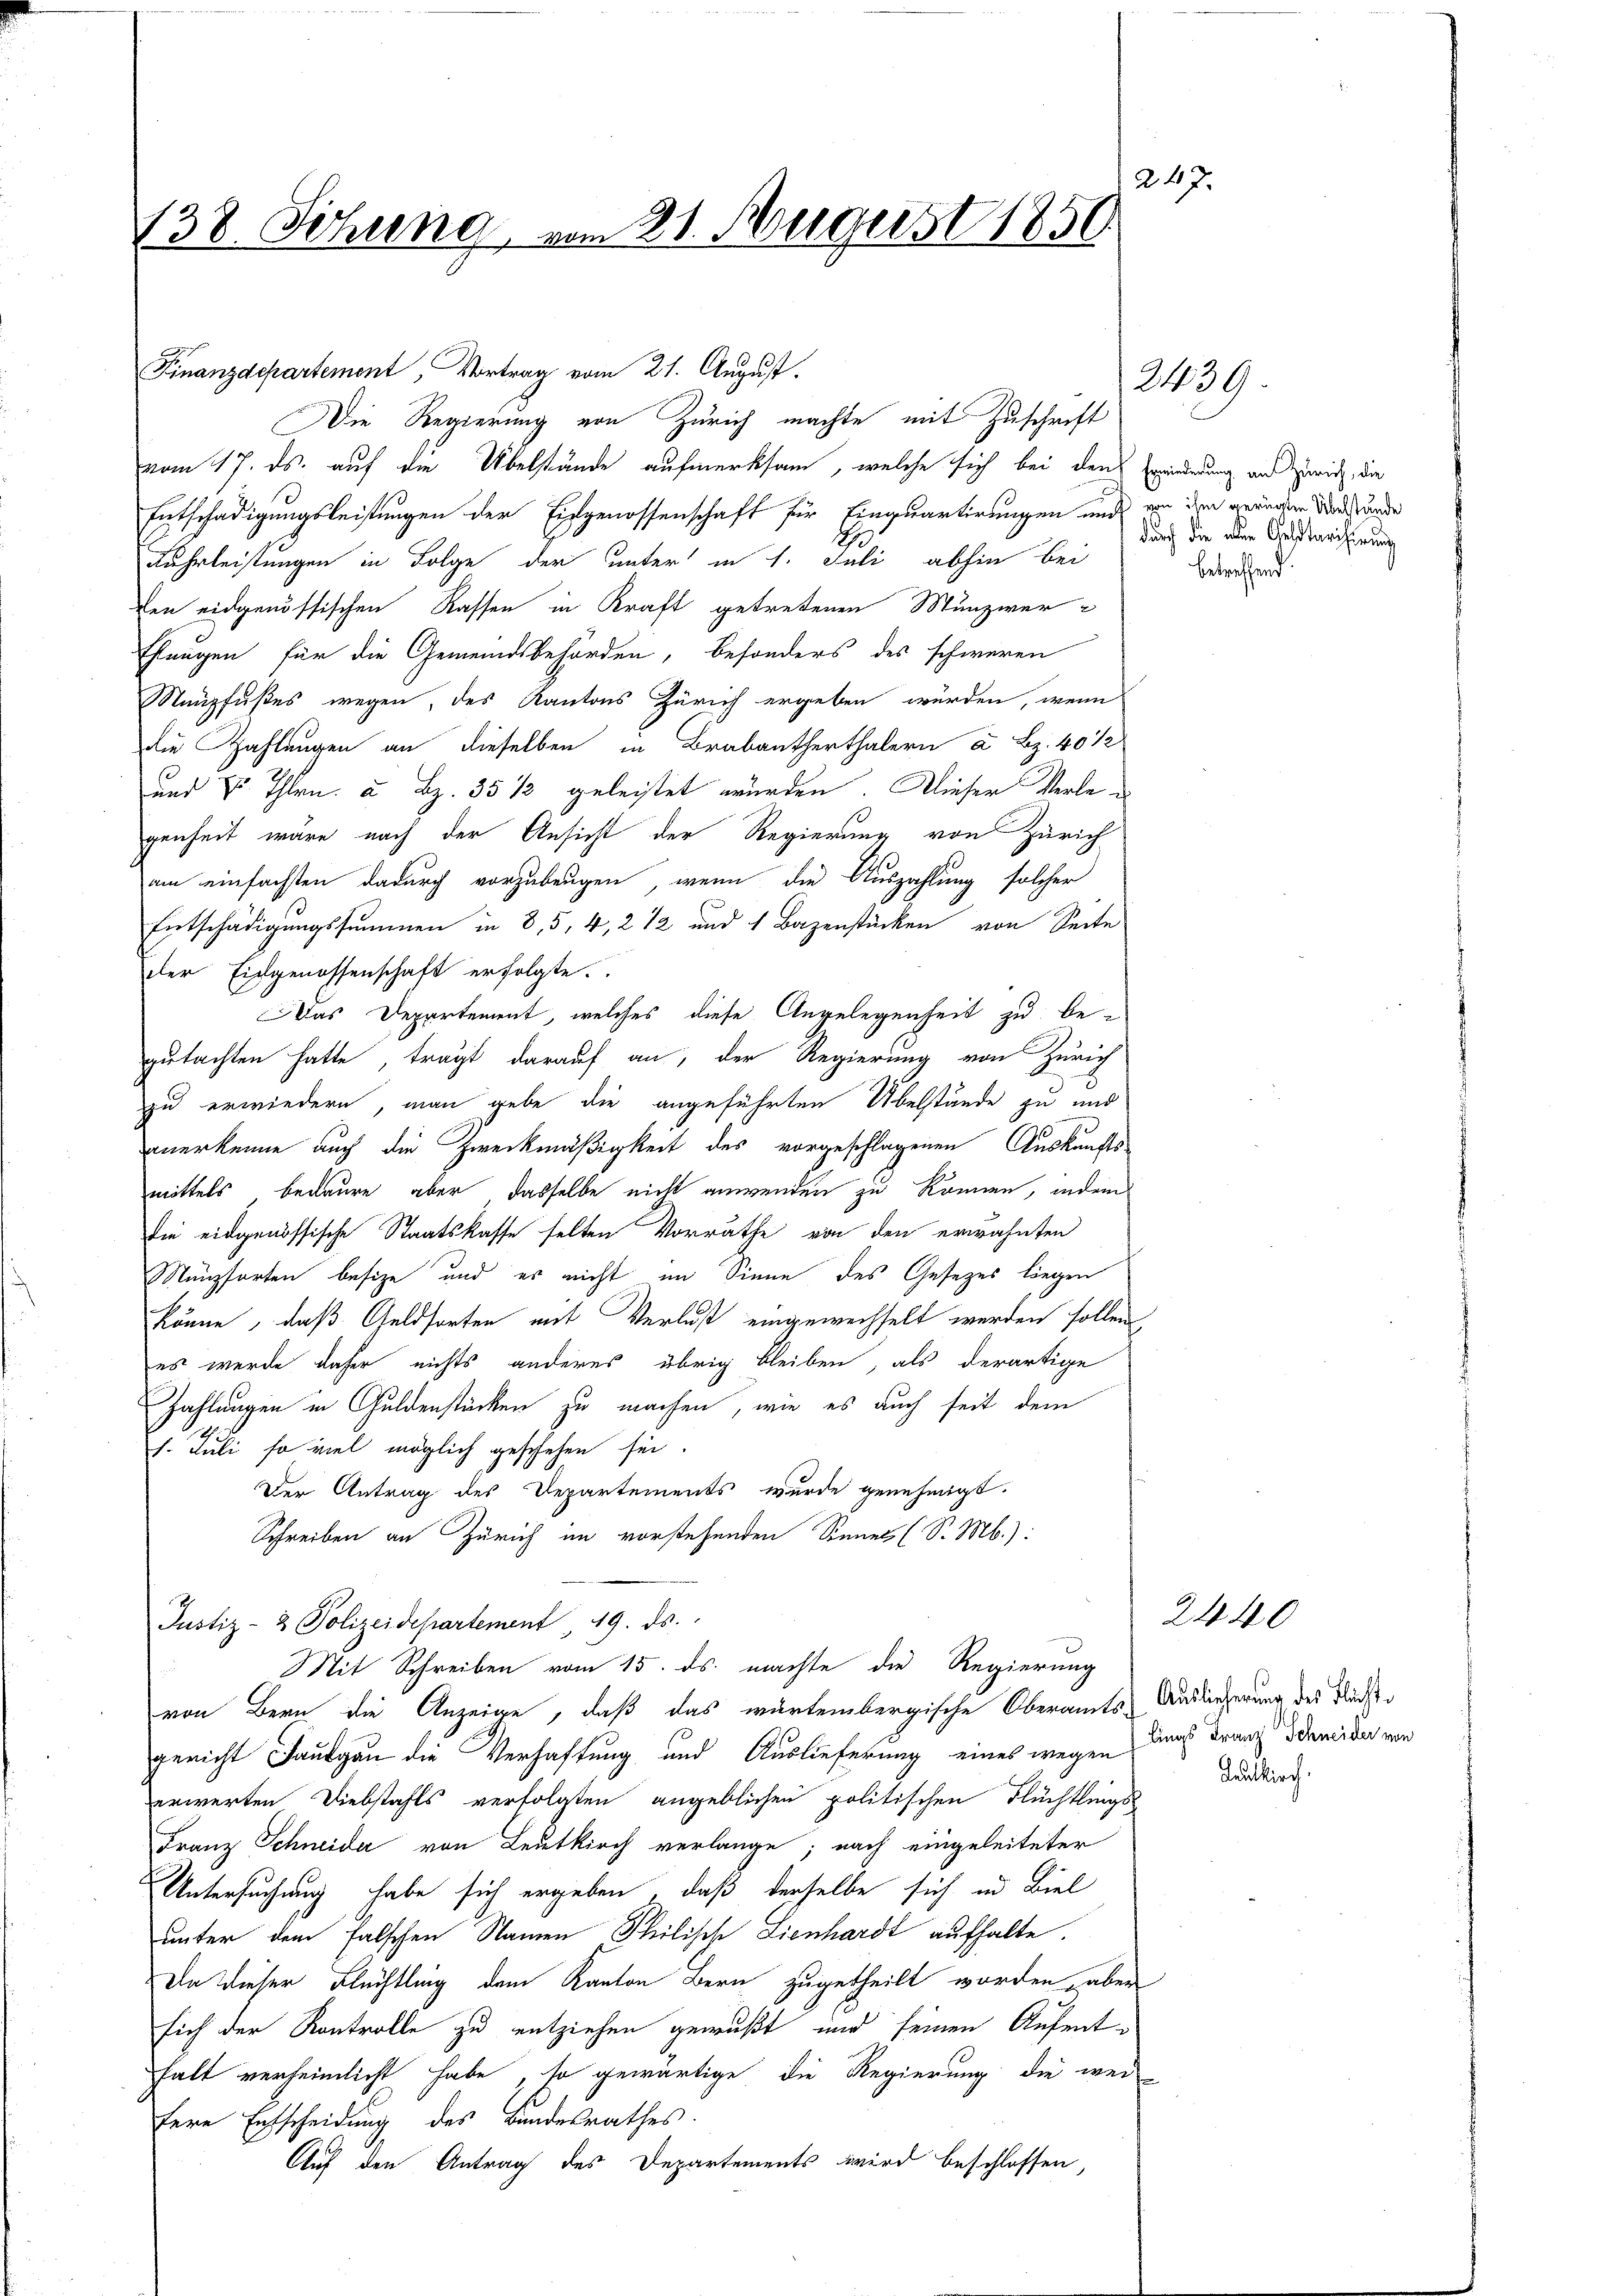
247.
138 Sitzung vom 21. August 1850

Finanzdepartement, Vortrag vom 21. August.
vom 17. ds. auf die Übelstände aufmerksam, welche sich bei den Erwiederung und Zürich, die
Entschädigungsleistungen der Eidgenossenschaft für Einquartirungen und von dem gerinder Wittwunde
Fuhrleistungen in Folge der unter in 1. Juli abhin bei
en eidgenössischen Rassen in Kraft getretenen Münzwer
Ehungen für die Gemeindsbehörden, besonders des schweren
Neupfußes wegen, des Kantons Zürich ergeben würden, wenn
die Zahlungen an dieselben in Brabantherthalern a. Bz. 40 ½
und v. Thlrn u. Bz. 35 1/2 geleistet würden. Dieser Verlegenheit wäre nach der Ansicht der Regierung von Zürich
am einfachsten dadurch vorzubeugen, wenn die Auszahlung solcher
Entschädigungssummen in 8,5, 4, 2 12 und 1 Bazenstücken von Seite
der Eidgenossenschaft erfolgte.
Das Departement, welches diese Angelegenheit zu begutachten hatte, trägt darauf an, der Regierung von Zürich
8
zu erwiedern, man gebe die angeführten Übelstände zu und
anerkenne auch die Zweckmäßigkeit des vorgeschlagenen Auskunfts
mittels bedaure, aber dasselbe nicht anwenden zu können, indem
die eidgenössische Staatskasse selten Vorräthe von den erwähnten
Münzsorten besize und es nicht im Sinne des Gesetzes liegen
könne, daß Geldsorten mit Verlust eingewechselt werden sollen
es werde daher nichts anderes übrig bleiben, als derartige
Zahlungen in Guldenstücken zu machen, wie es auch seit dem
1. Juli so viel möglich geschehen sei.
Der Antrag des Departements wurde genehmigt.
Schreiben an Zürich im vorstehenden Sinnet (S. Mb.):
Justiz- & Polizeidepartement, 419. ds.
Mit Schreiben vom 15. ds. machte die Regierung
von Bern die Anzeige, daß das wartembergische Oberamts-Auslieferung des Flächen
gericht Taubgau die Verhaftung und Auslieferung eines wegen der Franz dawider von
erwerten Diebstahls verfolgten angeblichen politischen Flüchtlings
Franz Schneider von Leutkirch verlange; nach eingeleiteter
Untersuchung habe sich ergeben, daß derselbe sich in Biel
unter dem falschen Namen Philische Lienhardt aufhalte.
Da dieser Flüchtling dem Kanton Bern zugetheilt worden, aber
sich der Kontrolle zu entziehen gewußt und seinen Aufentfalt verheimlicht habe, so gewärtige die Regierung die wei
fere Entscheidung des Bundesrathes.
Auf den Antrag des Departements wird beschlossen,

Die Regierung von Zürich machte mit Zuschrift

2439

durch die aber Geldtarifirung
betreffend.

Katkirch

2440